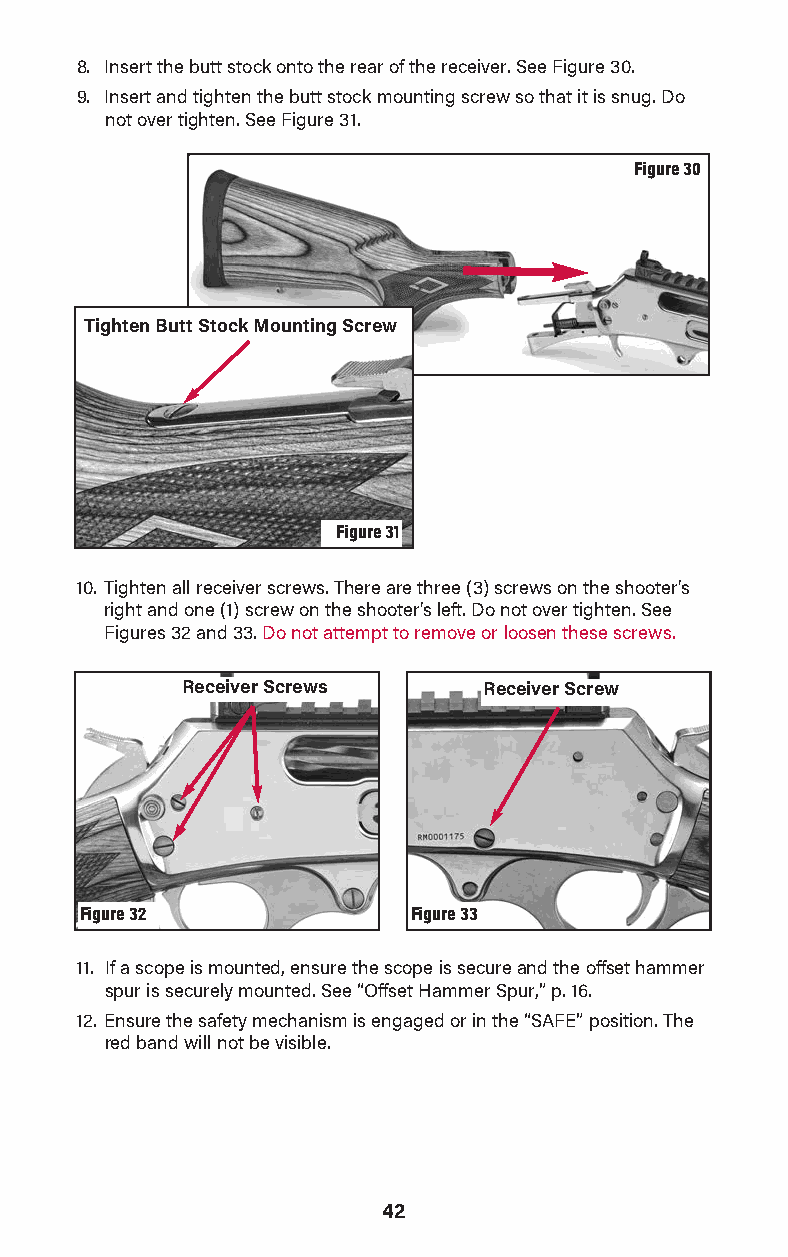
8. Insert the butt stock onto the rear of the receiver. See Figure 30.
 9. Insert and tighten the butt stock mounting screw so that it is snug. Do
 not over tighten. See Figure 31.
 Figure 30
 Tighten Butt Stock Mounting Screw
 Figure 31
 10. Tighten all receiver screws. There are three (3) screws on the shooter's
 right and one (1) screw on the shoot er's left. Do not over tighten. See
 Figures 32 and 33. Do not attempt to remove or loosen these screws.
 Receiver Screws     Receiver Screw
 Figure 32             Figure 33
 11. If a scope is mounted, ensure the scope is secure and the offset hammer
 spur is securely mounted. See “Offset Hammer Spur,” p. 16.
 12. Ensure the safety mechanism is engaged or in the “SAFE” position. The
 red band will not be visible.
 42